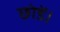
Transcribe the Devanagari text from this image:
छोडें।